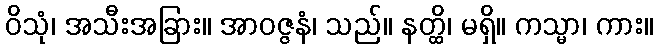
ဝိသုံ၊ အသီးအခြား။ အာဝဇ္ဇနံ၊ သည်။ နတ္ထိ၊ မရှိ။ ကသ္မာ၊ ကား။